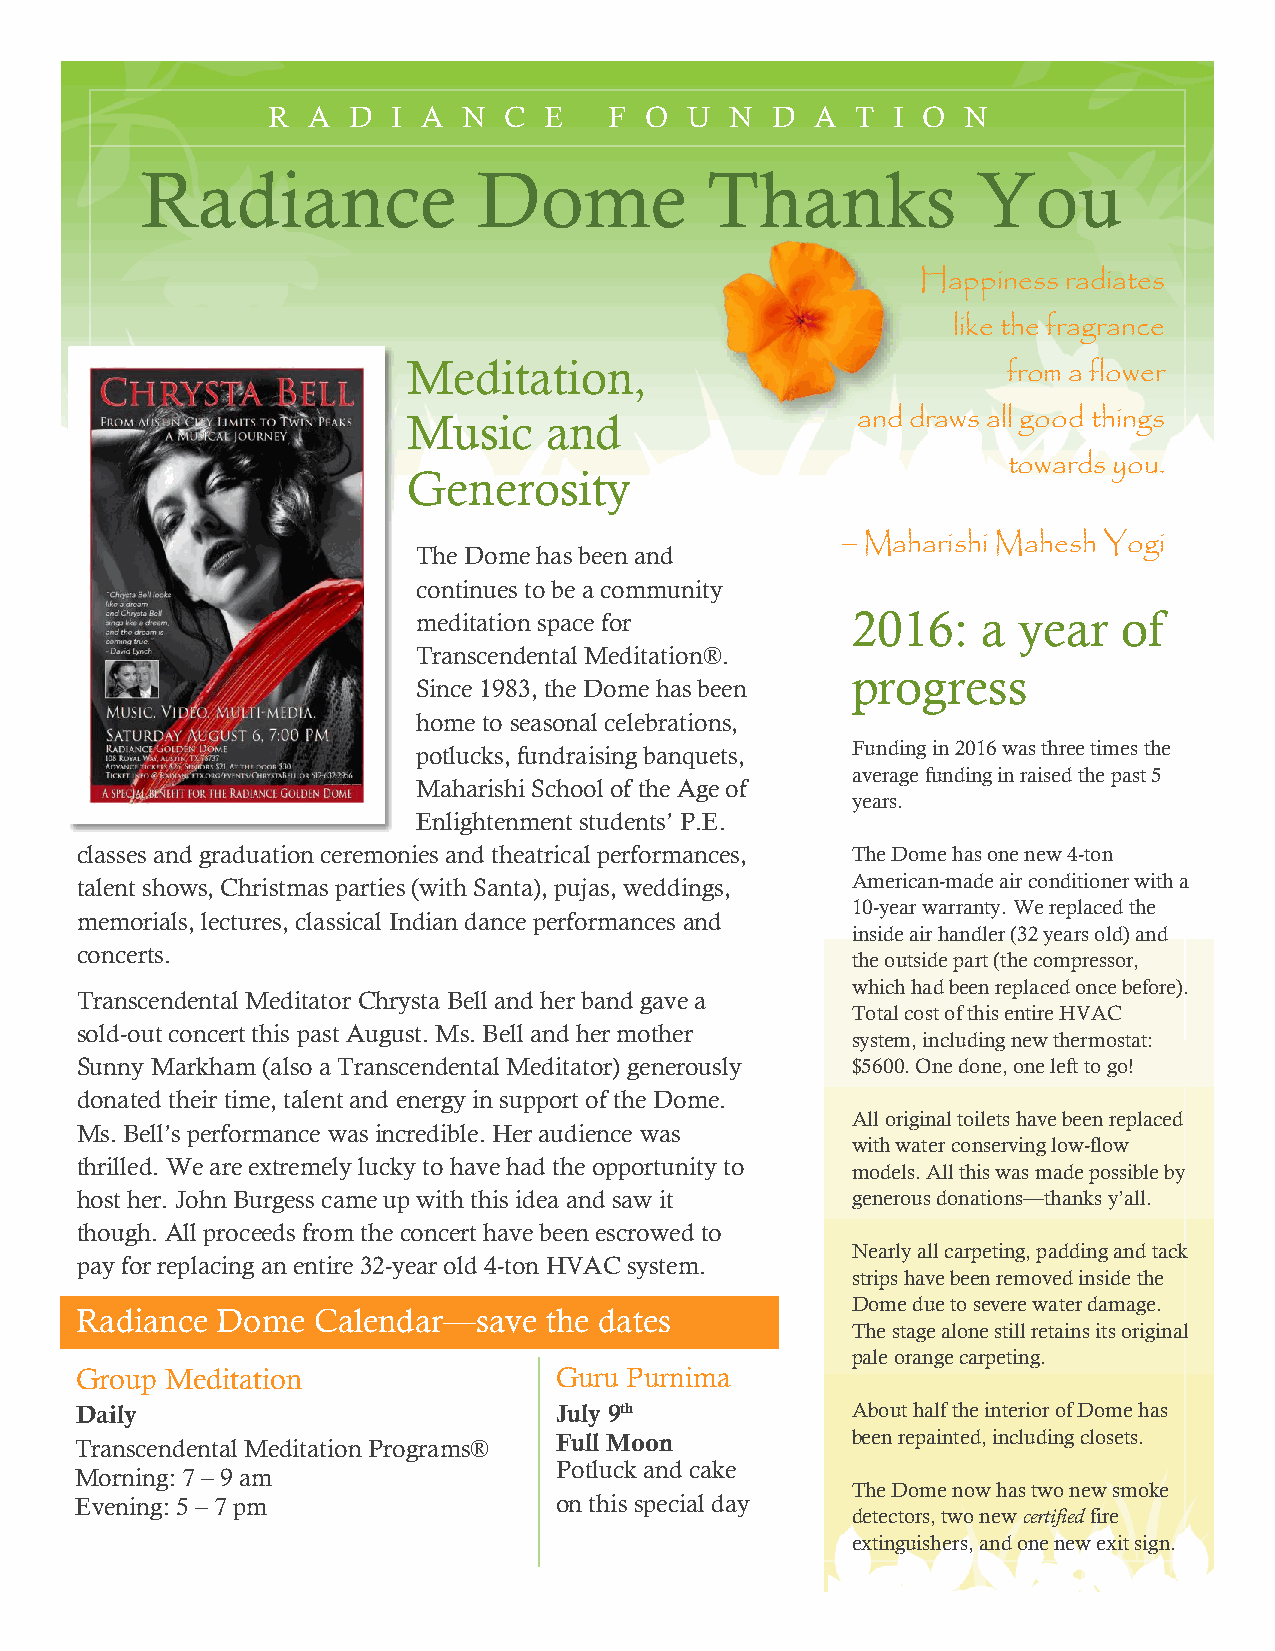
R A  D  I A  N C  E   F  O U  N  D  A  T I O  N
 Radiance               Dome           Thanks            You
 Happiness radiates
 like the fragrance
 Meditation,
 from a flower
 Music    and                  and draws all good things
 towards you.
 Generosity
 – Maharishi Mahesh Yogi
 The Dome has been and
 continues to be a community
 meditation space for        2016:    a year   of
 Transcendental Meditation®.
 progress
 Since 1983, the Dome has been
 home to seasonal celebrations,
 potlucks, fundraising banquets, Funding in 2016 was three times the
 average funding in raised the past 5
 Maharishi School of the Age of
 years.
 Enlightenment students’ P.E.
 classes and graduation ceremonies and theatrical performances, The Dome has one new 4-ton
 talent shows, Christmas parties (with Santa), pujas, weddings, American-made air conditioner with a
 10-year warranty. We replaced the
 memorials, lectures, classical Indian dance performances and
 inside air handler (32 years old) and
 concerts.
 the outside part (the compressor,
 which had been replaced once before).
 Transcendental Meditator Chrysta Bell and her band gave a
 Total cost of this entire HVAC
 sold-out concert this past August. Ms. Bell and her mother
 system, including new thermostat:
 Sunny Markham (also a Transcendental Meditator) generously $5600. One done, one left to go!
 donated their time, talent and energy in support of the Dome.
 All original toilets have been replaced
 Ms. Bell’s performance was incredible. Her audience was
 with water conserving low-flow
 thrilled. We are extremely lucky to have had the opportunity to
 models. All this was made possible by
 host her. John Burgess came up with this idea and saw it generous donations—thanks y’all.
 though. All proceeds from the concert have been escrowed to
 Nearly all carpeting, padding and tack
 pay for replacing an entire 32-year old 4-ton HVAC system.
 strips have been removed inside the
 Dome due to severe water damage.
 Radiance Dome   Calendar—save  the dates
 The stage alone still retains its original
 pale orange carpeting.
 Group Meditation                Guru Purnima
 Daily                           July 9th           About half the interior of Dome has
 Transcendental Meditation Programs® Full Moon      been repainted, including closets.
 Potluck and cake
 Morning: 7 – 9 am
 The Dome now has two new smoke
 Evening: 5 – 7 pm               on this special day
 detectors, two new certified fire
 extinguishers, and one new exit sign.